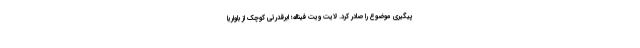
پیگیری موضوع را صادر کرد. لایت ویت فیناله؛ ابرقدرتی کوچک از باواریا